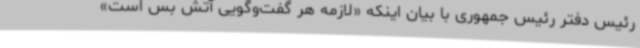
رئیس دفتر رئیس جمهوری با بیان اینکه «لازمه هر گفت‌وگویی آتش بس است»